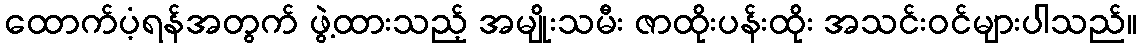
ထောက်ပံ့ရန်အတွက် ဖွဲ့ထားသည့် အမျိုးသမီး ဇာထိုးပန်းထိုး အသင်းဝင်များပါသည်။